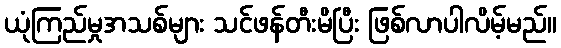
ယုံကြည်မှုအသစ်များ သင်ဖန်တီးမိပြီး ဖြစ်လာပါလိမ့်မည်။